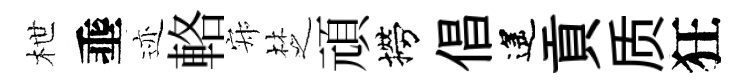
枻埀迹輅寂椘頑撈倡遙貢质狂